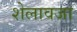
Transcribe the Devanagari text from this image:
शेलावजा